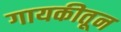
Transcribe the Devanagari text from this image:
गायकीतून